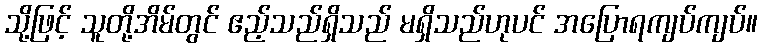
သို့ဖြင့် သူတို့အိမ်တွင် ဧည့်သည်ရှိသည် မရှိသည်ဟုပင် အပြောရကျပ်ကျပ်။